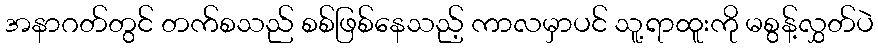
အနာဂတ်တွင် တက်စသည် စစ်ဖြစ်နေသည့် ကာလမှာပင် သူ့ရာထူးကို မစွန့်လွှတ်ပဲ